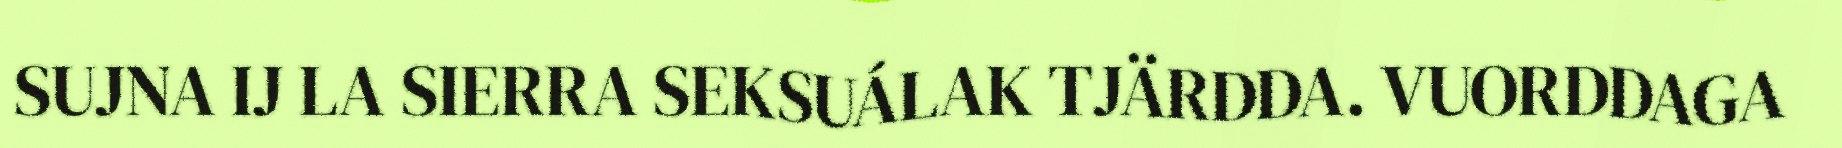
SUJNA IJ LA SIERRA SEKSUÁLAK TJÄRDDA. VUORDDAGA